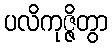
ပလိကုဇ္ဇိတွာ